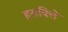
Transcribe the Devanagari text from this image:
हसविले